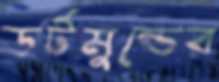
ডর্টমুন্ডের